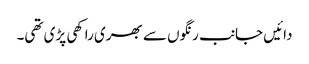
دائیں جانب رنگوں سے بھری راکھی پڑی تھی۔